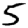
Digit: 5